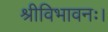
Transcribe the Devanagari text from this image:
श्रीविभावनः।